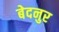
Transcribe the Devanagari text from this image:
बेदनुर